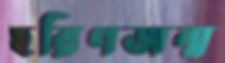
হরিণজন্ম